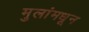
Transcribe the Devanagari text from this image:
मुलांमधून